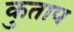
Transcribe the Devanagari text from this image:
कुताप